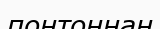
понтоннан